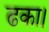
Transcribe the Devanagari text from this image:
ढका।